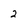
Character: 2